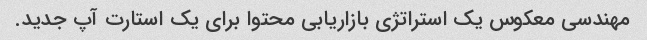
مهندسی معکوس یک استراتژی بازاریابی محتوا برای یک استارت آپ جدید.